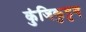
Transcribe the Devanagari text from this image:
कुंजिकुट्टन